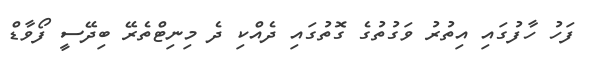
ފަހު ހާފުގައި އިތުރު ވަގުތުގެ ގޮތުގައި ދެއްކި ދެ މިނިޓްތެރޭ ބިދޭސީ ފޯވާޑް